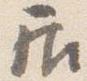
居